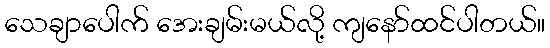
သေချာပေါက် အေးချမ်းမယ်လို့ ကျနော်ထင်ပါတယ်။